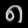
Digit: ၈